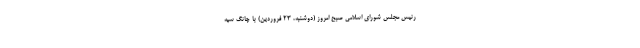
رئیس مجلس شورای اسلامی صبح امروز (دوشنبه، ۲۳ فروردین) با چانگ سیه